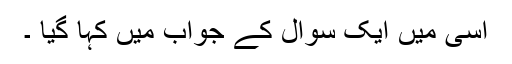
اسی میں ایک سوال کے جواب میں کہا گیا ۔